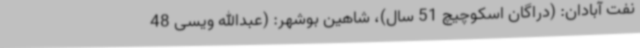
نفت آبادان: (دراگان اسکوچیچ 51 سال)، شاهین بوشهر: (عبدالله ویسی 48